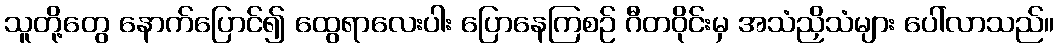
သူတို့တွေ နောက်ပြောင်၍ ထွေရာလေးပါး ပြောနေကြစဉ် ဂီတဝိုင်းမှ အသံညှိသံများ ပေါ်လာသည်။